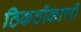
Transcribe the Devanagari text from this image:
ठिकठीकाणी